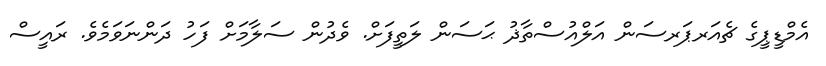
އެމްޑީޕީގެ ޗެއަރޕަރސަން އަލްއުސްތާޛު ޙަސަން ލަތީފަށް. ވެދުން ސަލާމަށް ފަހު ދަންނަވަމެވެ. ރައީސް